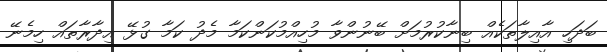
ބަދަހި އާއިލާތަކެއް ބިނާކުރުމަށް ބޭނުންވާ މުހިއްމުކަންކަމާ މެދު ކަމާ ގުޅޭ އިދާރާތައް ހިމެނޭ